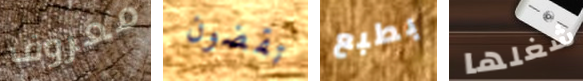
معروف تقضون بطبع شغلها